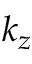
k _ { z }